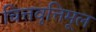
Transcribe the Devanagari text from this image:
चित्तवृत्तिमूल